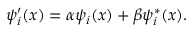
\psi _ { i } ^ { \prime } ( x ) = \alpha \psi _ { i } ( x ) + \beta \psi _ { i } ^ { * } ( x ) .